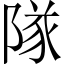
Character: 隊